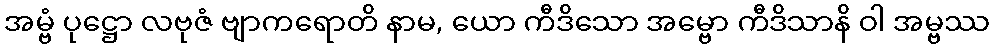
အမ္ဗံ ပုဋ္ဌော လဗုဇံ ဗျာကရောတိ နာမ, ယော ကီဒိသော အမ္ဗော ကီဒိသာနိ ဝါ အမ္ဗဿ